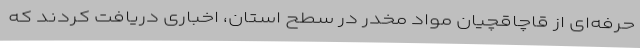
حرفه‌ای از قاچاقچیان مواد مخدر در سطح استان، اخباری دریافت کردند که